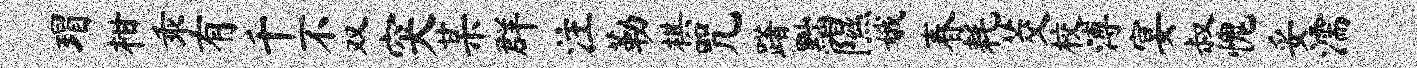
瑁柑乖有千不双突某群注勒棋咒躇黜隰娥春耗茭校溥宴叔愧妥濡